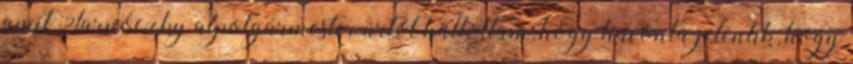
amit Tarnóczky alpolgármester úrtól hallottam, hogy havonta jelentik, hogy